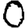
Digit: 0